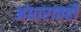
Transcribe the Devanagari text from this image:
अंधारातही